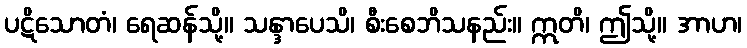
ပဋိသောတံ၊ ရေဆန်သို့။ သန္ဒာပေသိ၊ စီးစေဘိသနည်း။ ဣတိ၊ ဤသို့။ အာဟ၊